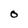
Character: O